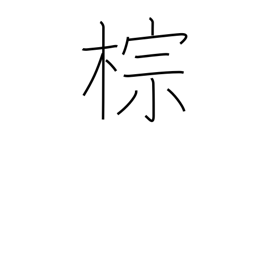
Meaning: hemp palm